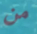
من